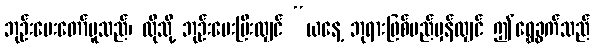
ဘုဉ်းပေးတော်မူသည်၊ ထိုသို့ ဘုဉ်းပေးပြီးလျှင် “ယနေ့ ဘုရားဖြစ်မည်မှန်လျှင် ဤရွှေခွက်သည်